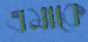
এমাকে